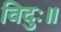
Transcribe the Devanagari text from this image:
विदुः॥